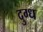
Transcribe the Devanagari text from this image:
दुग्‍ध